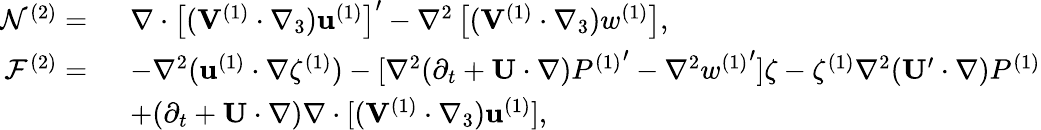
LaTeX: \begin{array}{rl}{\mathcal{N}^{(2)}=~}&{\nabla\cdot\left[(\mathbf{V}^{(1)}\cdot\nabla_{3})\mathbf{u}^{(1)}\right]^{\prime}-\nabla^{2}\left[(\mathbf{V}^{(1)}\cdot\nabla_{3})w^{(1)}\right],}\\ {\mathcal{F}^{(2)}=~}&{-\nabla^{2}(\mathbf{u}^{(1)}\cdot\nabla\zeta^{(1)})-[\nabla^{2}(\partial_{t}+\mathbf{U}\cdot\nabla){P^{(1)}}^{\prime}-\nabla^{2}w{^{(1)}}^{\prime}]\zeta-\zeta^{(1)}\nabla^{2}(\mathbf{U}^{\prime}\cdot\nabla)P^{(1)}}\\ &{+(\partial_{t}+\mathbf{U}\cdot\nabla)\nabla\cdot[(\mathbf{V}^{(1)}\cdot\nabla_{3})\mathbf{u}^{(1)}],}\end{array}